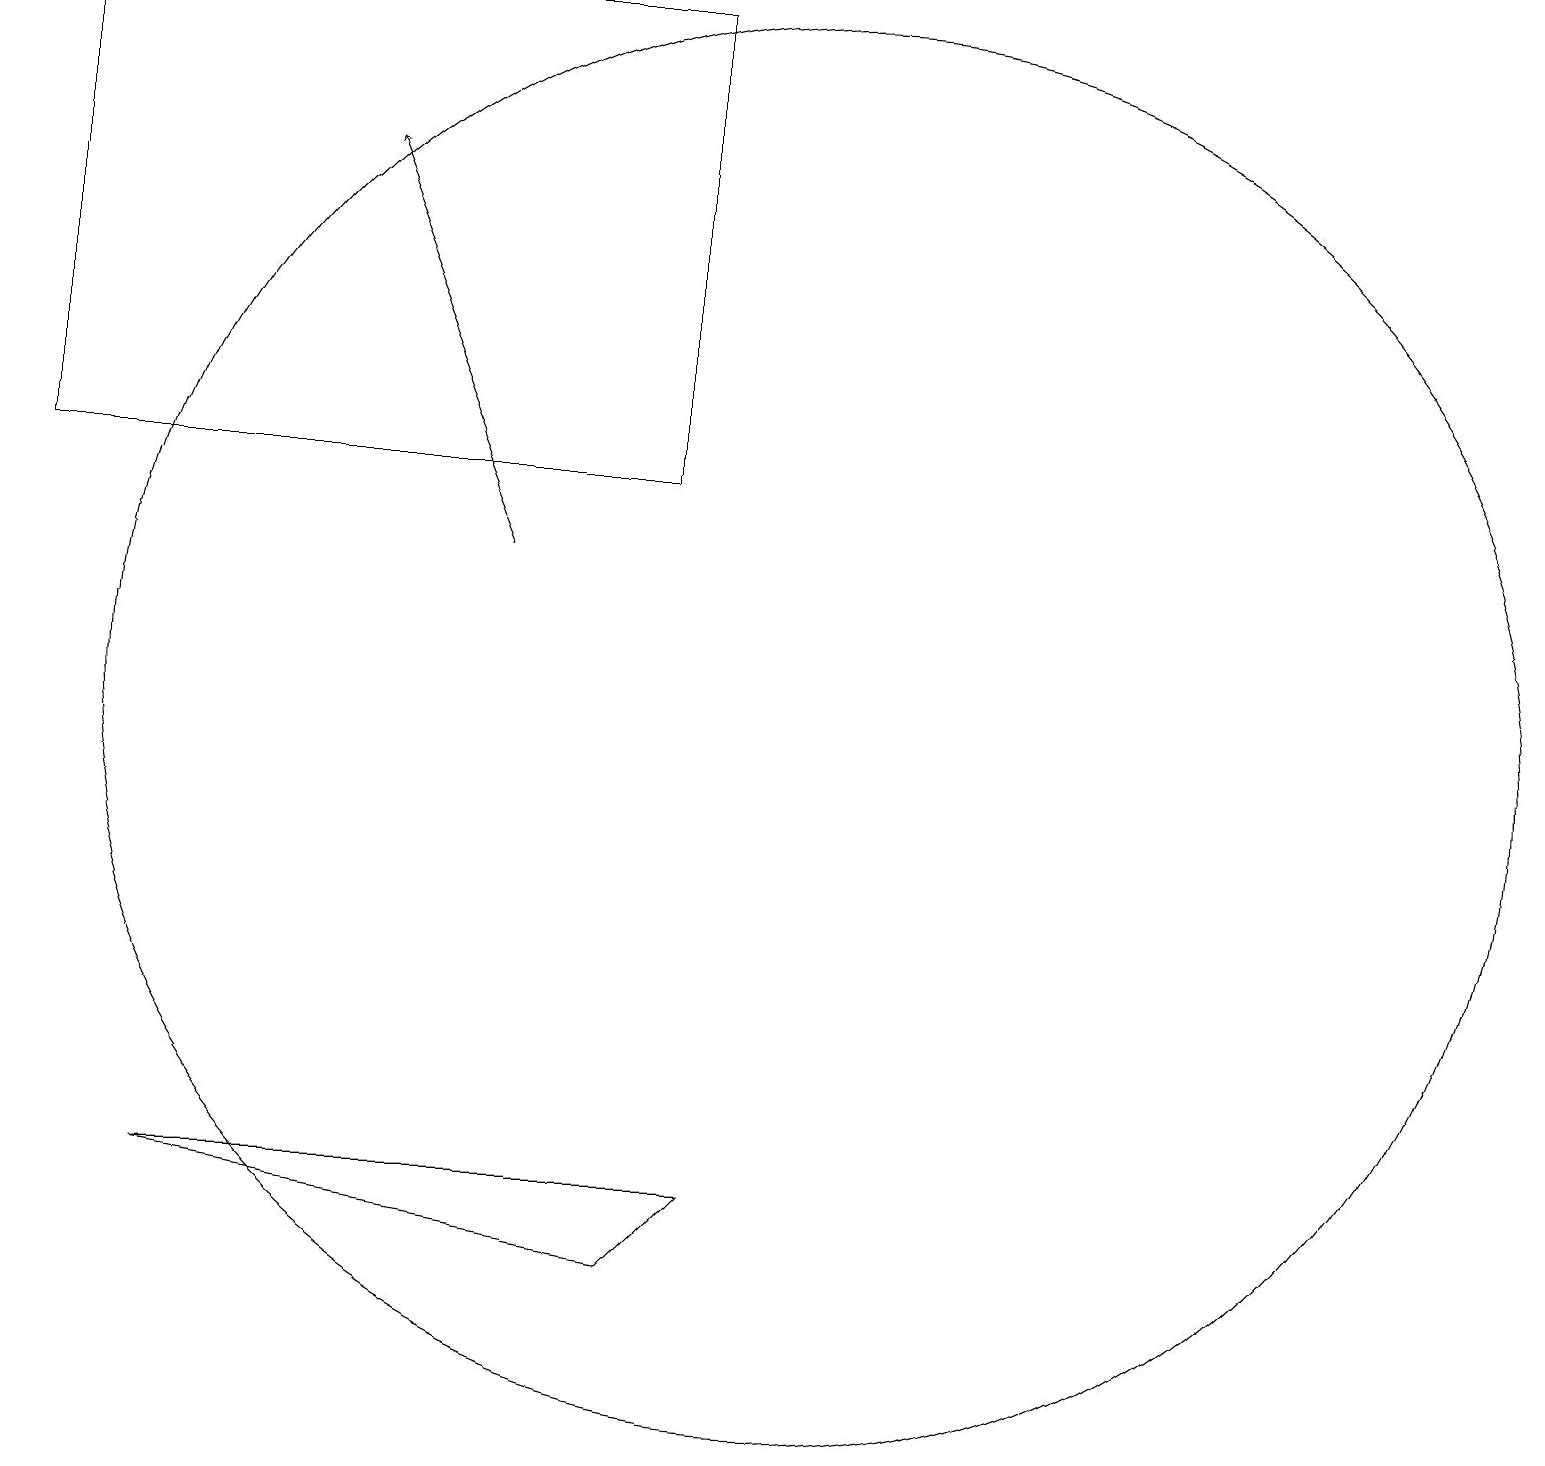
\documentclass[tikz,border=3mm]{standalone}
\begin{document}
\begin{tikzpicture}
\draw[->] (6,12) -- (4,17);
\draw (8,3) -- (9,4) -- (2,4) -- cycle;
\draw (0,13) rectangle (8,19);
\draw (10,11) circle (0);
\draw (10,10) circle (9);
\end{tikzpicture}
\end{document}